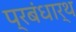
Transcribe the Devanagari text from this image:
प्रबंधार्थ